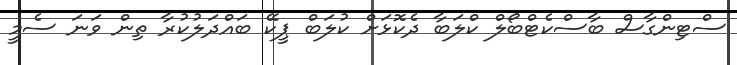
ސްޓިންގާސް ބާސްކެޓްބޯލް ކްލަބާ ދެކޮޅަށް ކުލަބް ޕީކޭ ބައްދަލުކުރާ ތިން ވަނަ ސެމީ